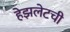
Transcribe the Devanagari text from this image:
हेझलेटची